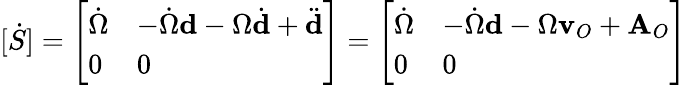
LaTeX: [{\dot{S}}]={\left[\begin{array}{ll}{{\dot{\Omega}}}&{-{\dot{\Omega}}\mathbf{d}-\Omega{\dot{\mathbf{d}}}+{\ddot{\mathbf{d}}}}\\ {0}&{0}\end{array}\right]}={\left[\begin{array}{ll}{{\dot{\Omega}}}&{-{\dot{\Omega}}\mathbf{d}-\Omega\mathbf{v}_{O}+\mathbf{A}_{O}}\\ {0}&{0}\end{array}\right]}